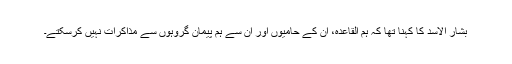
بشار الاسد کا کہنا تھا کہ ہم القاعدہ، ان کے حامیوں اور ان سے ہم پیمان گروہوں سے مذاکرات نہیں کرسکتے۔